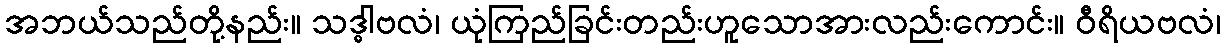
အဘယ်သည်တို့နည်း။ သဒ္ဓါဗလံ၊ ယုံကြည်ခြင်းတည်းဟူသောအားလည်းကောင်း။ ဝီရိယဗလံ၊